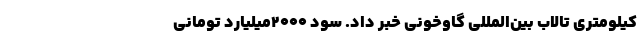
کیلومتری تالاب بین‌المللی گاوخونی خبر داد. سود ۲۰۰۰میلیارد تومانی